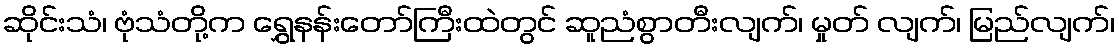
ဆိုင်းသံ၊ ဗုံသံတို့က ရွှေနန်းတော်ကြီးထဲတွင် ဆူညံစွာတီးလျက်၊ မှုတ် လျက်၊ မြည်လျက်၊